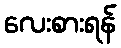
လေးစားရန်